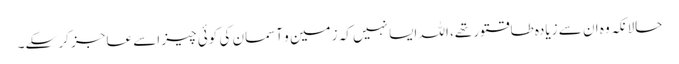
حالانکہ وہ ان سے زیادہ طاقتور تھے، اللہ ایسا نہیں کہ زمین و آسمان کی کوئی چیز اسے عاجز کر سکے۔